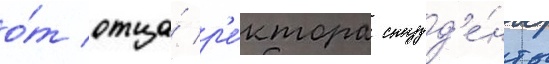
о́т отца́ р'е́ктора студ'е́нты